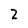
Character: Z